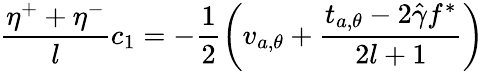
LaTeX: \frac{\eta^{+}+\eta^{-}}{l}c_{1}=-\frac{1}{2}\left(v_{a,\theta}+\frac{t_{a,\theta}-2\hat{\gamma}f^{*}}{2l+1}\right)